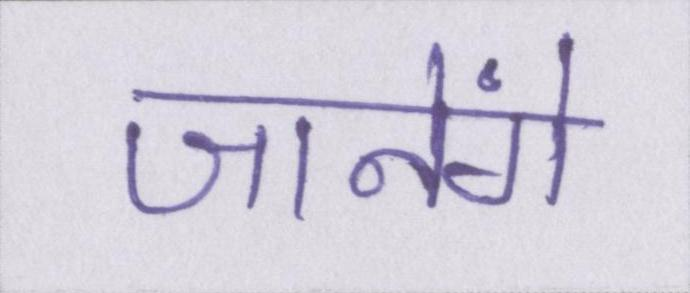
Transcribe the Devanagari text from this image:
जानेंगे